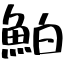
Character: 鮊